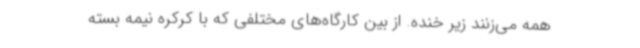
همه می‌زنند زیر خنده. از بین کارگاه‌های مختلفی که با کرکره نیمه بسته